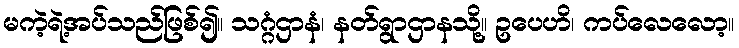
မကဲ့ရဲ့အပ်သည်ဖြစ်၍။ သဂ္ဂံဌာနံ၊ နတ်ရွာဌာနသို့။ ဥပေဟိ၊ ကပ်လေလော့။